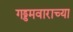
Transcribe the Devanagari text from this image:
गड्डमवाराच्या